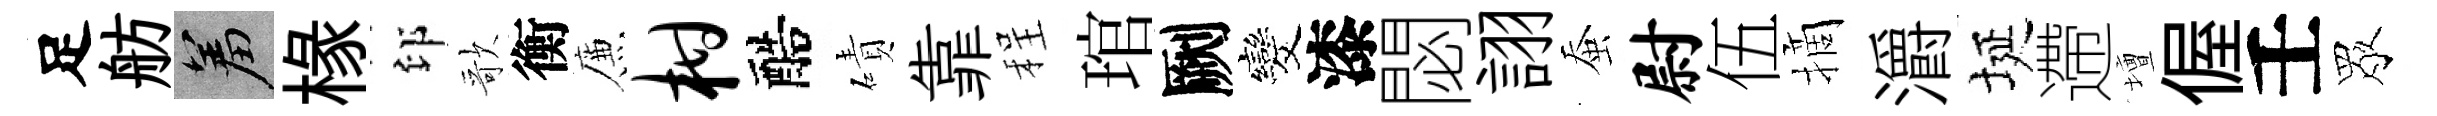
足舫羞椽印歌衡簾柑醅磧靠程琯劂发漆閟詡蚕尉伍摘灂埏遰壇偓壬眾